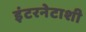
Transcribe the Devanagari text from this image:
इंटरनेटाशी